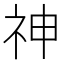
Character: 神